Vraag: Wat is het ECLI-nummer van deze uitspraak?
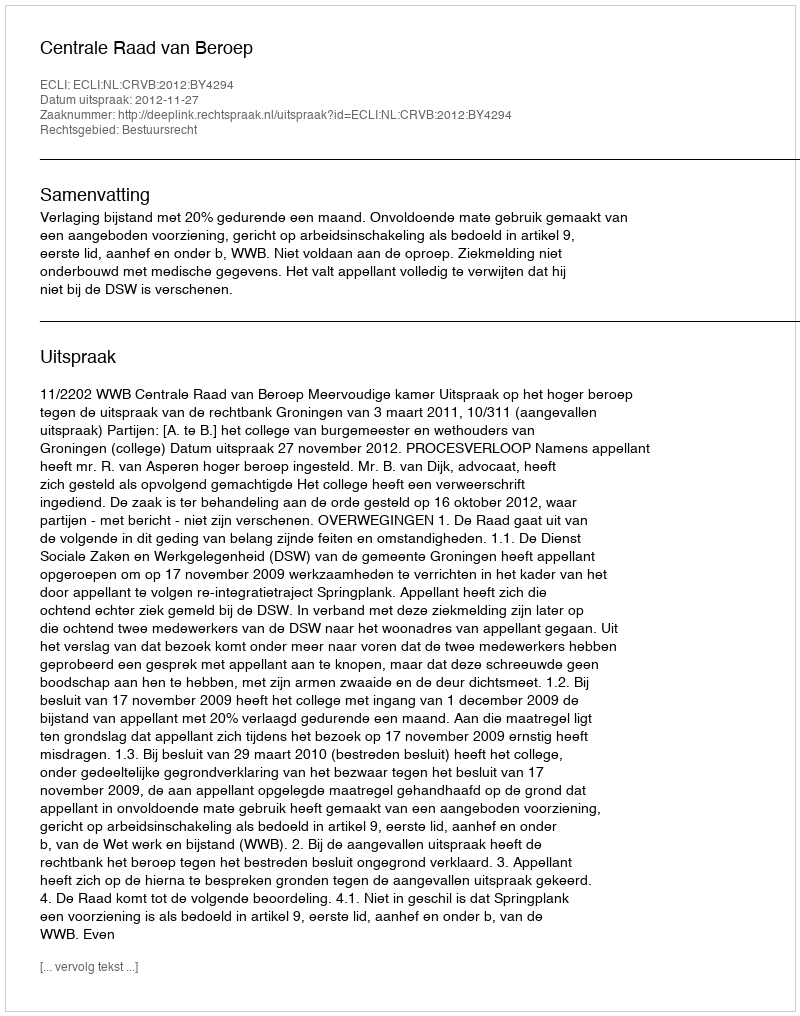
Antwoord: ECLI:NL:CRVB:2012:BY4294